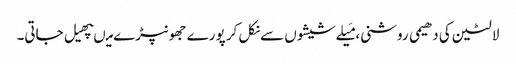
لالٹین کی دھیمی روشنی، مَیلےشیشوں سےنکل کر پورے جھونپڑے میںپھیل جاتی۔